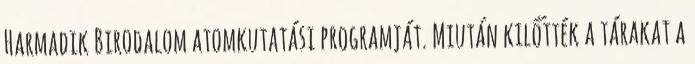
Harmadik Birodalom atomkutatási programját. Miután kilőtték a tárakat a